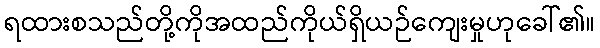
ရထားစသည်တို့ကိုအထည်ကိုယ်ရှိယဉ်ကျေးမှုဟုခေါ်၏။